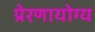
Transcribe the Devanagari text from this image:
प्रेरणायोग्य